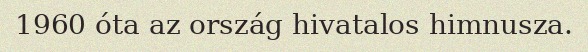
1960 óta az ország hivatalos himnusza.